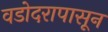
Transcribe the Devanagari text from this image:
वडोदरापासून